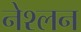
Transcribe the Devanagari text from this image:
नेश्लन